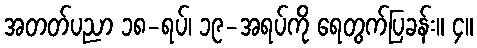
အတတ်ပညာ ၁၈-ရပ်၊ ၁၉-အရပ်ကို ရေတွက်ပြခန်း။ ၄။